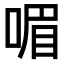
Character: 𠷯